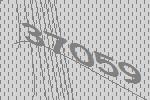
37059